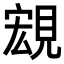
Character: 𧡃